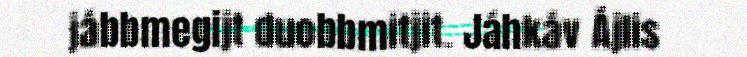
jábbmegijt duobbmitjit. Jáhkáv Ájlis